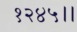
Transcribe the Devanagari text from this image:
१२४५।।